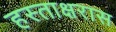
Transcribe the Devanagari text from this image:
हस्ताक्षरास